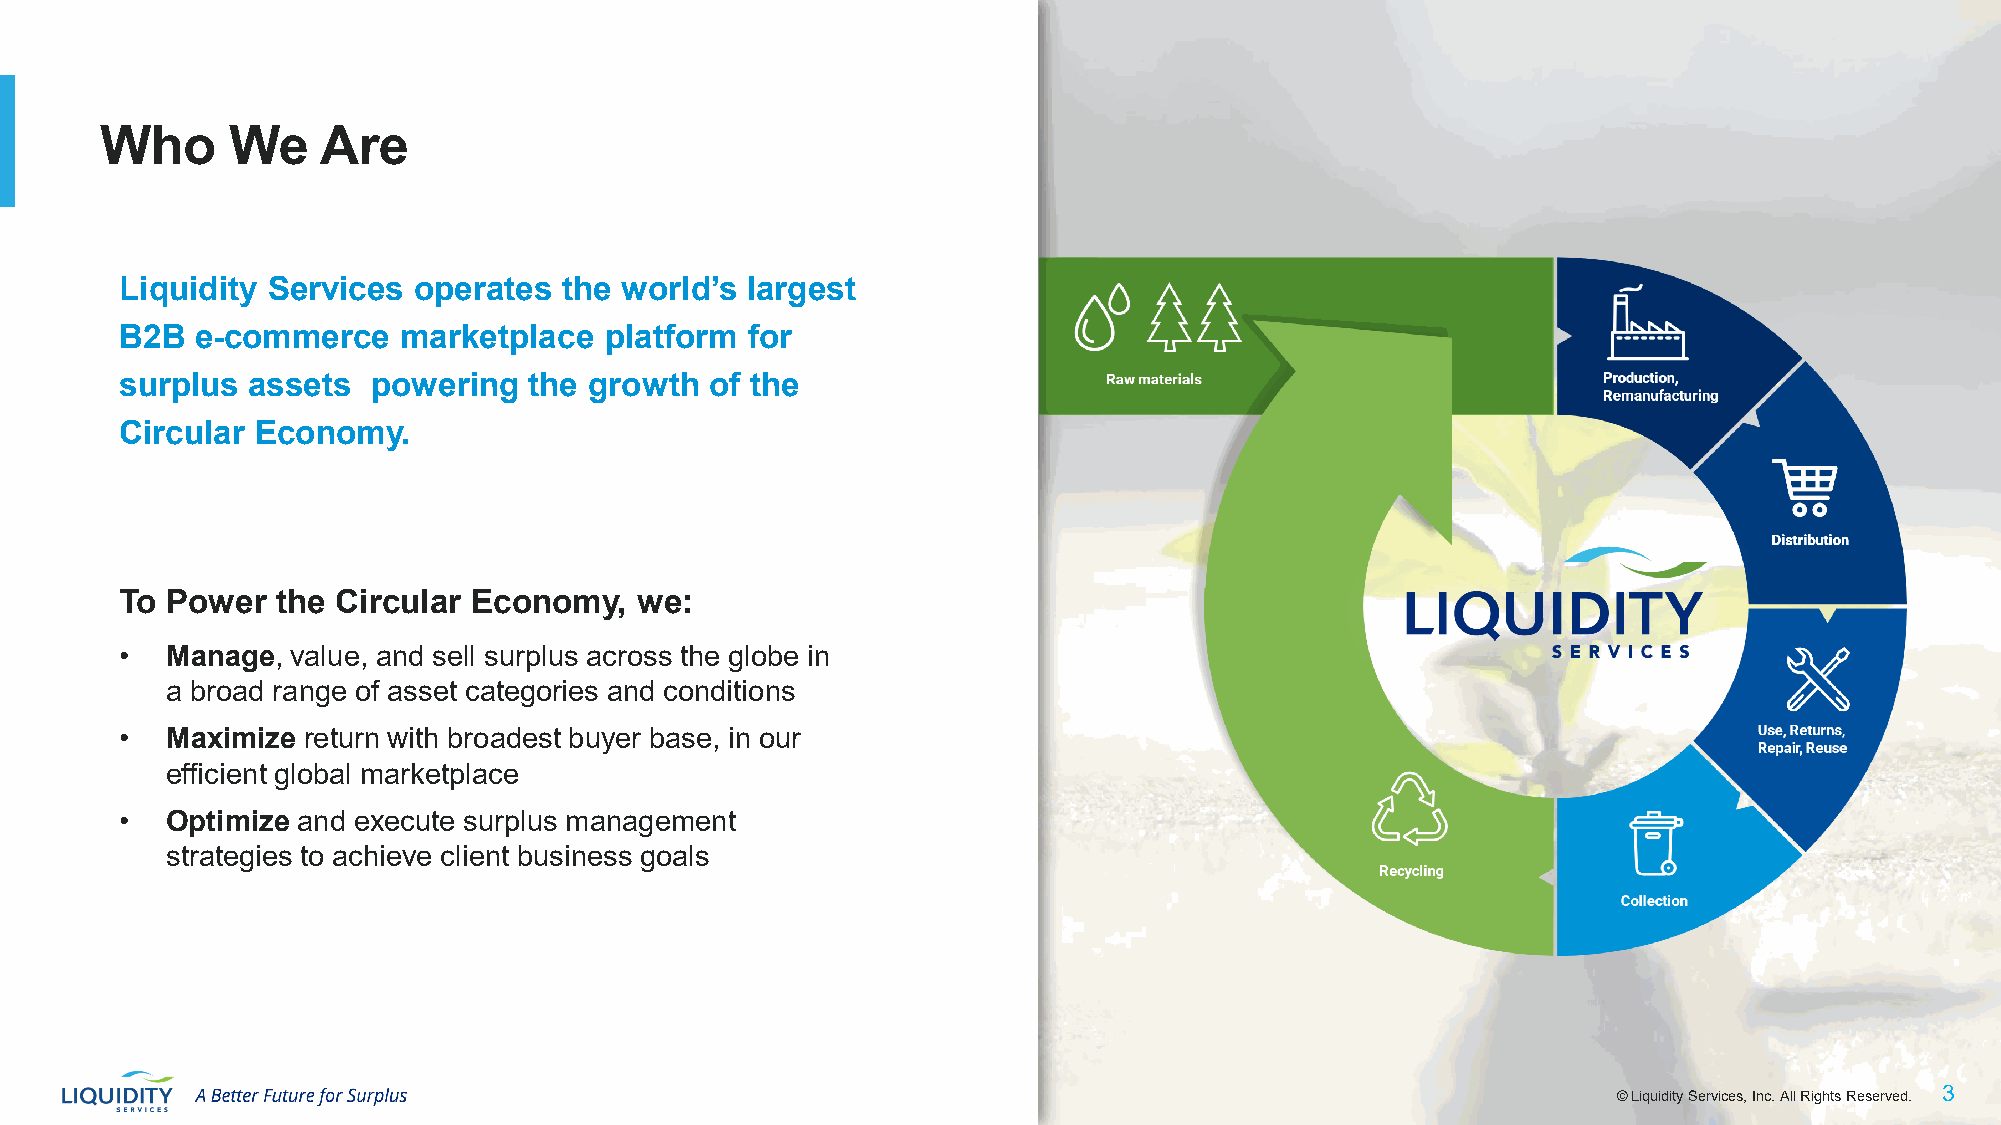
Who     We    Are
 Liquidity Services operates  the world’s largest
 B2B  e-commerce    marketplace  platform for
 surplus assets   powering  the growth  of the
 Circular Economy.
 To Power  the Circular Economy,   we:
 •  Manage, value, and sell surplus across the globe in
 a broad range of asset categories and conditions
 •  Maximize return with broadest buyer base, in our
 efficient global marketplace
 •  Optimize and execute surplus management
 strategies to achieve client business goals
 © Liquidity Services, Inc. All Rights Reserved. 3